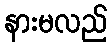
နားမလည်